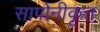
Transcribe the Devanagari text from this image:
सापोनीकृत